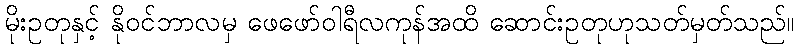
မိုးဥတုနှင့် နိုဝင်ဘာလမှ ဖေဖော်ဝါရီလကုန်အထိ ဆောင်းဥတုဟုသတ်မှတ်သည်။